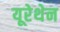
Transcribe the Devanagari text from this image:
यूरेथेन